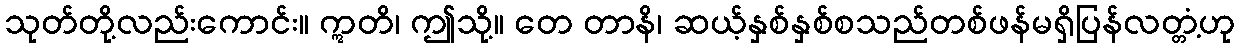
သုတ်တို့လည်းကောင်း။ ဣတိ၊ ဤသို့။ တေ တာနိ၊ ဆယ့်နှစ်နှစ်စသည်တစ်ဖန်မရှိပြန်လတ္တံ့ဟု